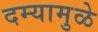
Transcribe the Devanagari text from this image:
दम्यामुळे